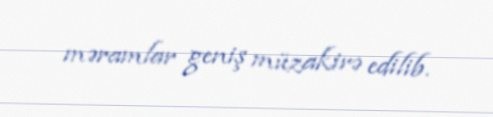
məramlar geniş müzakirə edilib.